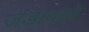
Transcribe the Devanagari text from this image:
जडावले